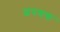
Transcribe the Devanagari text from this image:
छपणक